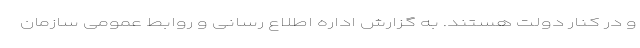
و در کنار دولت هستند. به گزارش اداره اطلاع رسانی و روابط عمومی سازمان